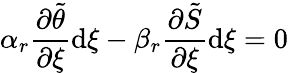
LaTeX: \alpha_{r}\frac{\partial\tilde{\theta}}{\partial\xi}\mathrm{d}\xi-\beta_{r}\frac{\partial\tilde{S}}{\partial\xi}\mathrm{d}\xi=0